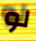
لو